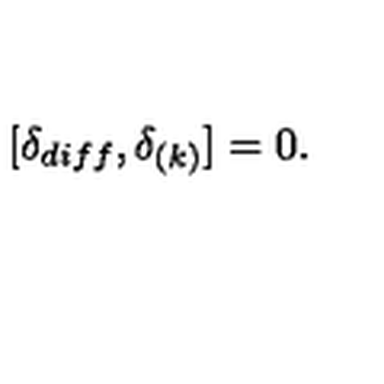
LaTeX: [ \delta _ { d i f f } , \delta _ { ( k ) } ] = 0 .